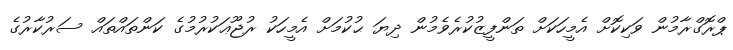
ޕްރޮގްރާމުން ވަކިކޮށް އެމީހަކަށް ތަންފީޒުކުރެވެމުން ދިޔަ ޙުކުމަށް އެމީހަކު ރުޖޫޢަކުރުމުގެ ކަންތައްތައް ސަރުކާރުގެ